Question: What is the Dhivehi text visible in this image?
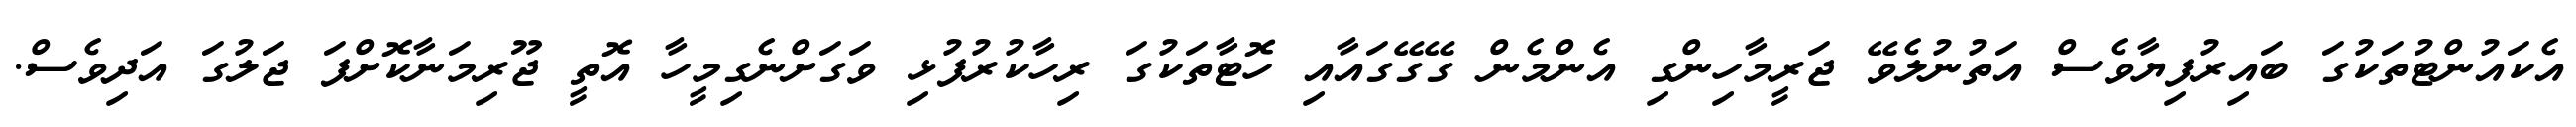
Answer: އެކައުންޓުތަކުގަ ބައިރުފިޔާވެސް އަތުނުލެވޭ ޖަރީމާހިންގި އެންމެން ގޭގޭގައާއި ހޮޓާތަކުގަ ރިހާކުރުފުޅި ވަގަށްނެގިމީހާ އޮތީ ޖޫރިމަނާކޮށްފަ ޖަލުގަ އަދިވެސް.